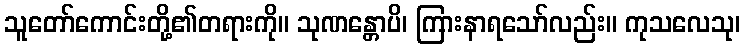
သူတော်ကောင်းတို့၏တရားကို။ သုဏန္တောပိ၊ ကြားနာရသော်လည်း။ ကုသလေသု၊